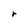
Character: r